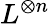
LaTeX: L^{\otimes n}